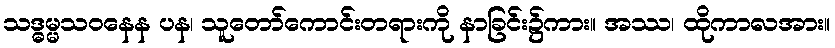
သဒ္ဓမ္မသဝနေန ပန၊ သူတော်ကောင်းတရားကို နာခြင်း၌ကား။ အဿ၊ ထိုကာလအား။